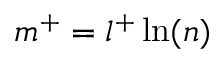
m ^ { + } = l ^ { + } \ln ( n )